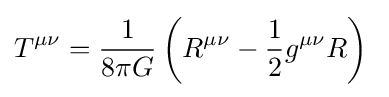
T^{\mu \nu }={1 \over 8\pi G}\left(R^{\mu \nu }-{\frac {1}{2}}g^{\mu \nu }R\right)\;